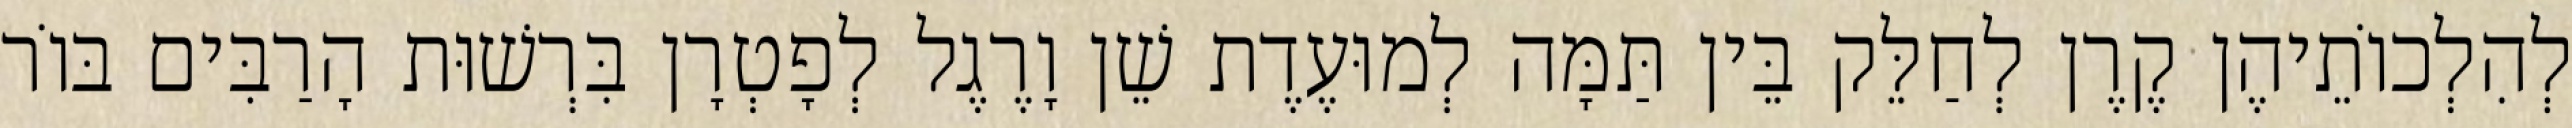
לְהִלְכוֹתֵיהֶן קֶרֶן לְחַלֵּק בֵּין תַּמָּה לְמוּעֶדֶת שֵׁן וָרֶגֶל לְפָטְרָן בִּרְשׁוּת הָרַבִּים בּוֹר